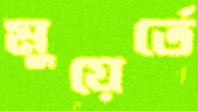
মুয়ের্তে